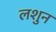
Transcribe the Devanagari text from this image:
लशुन